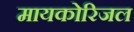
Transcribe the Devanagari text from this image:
मायकोरिजल